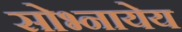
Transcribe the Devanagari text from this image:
सोभ्नायेय